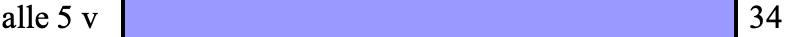
alle 5 v                 34